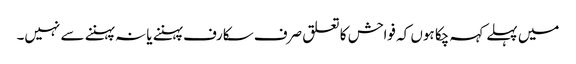
میں پہلے کہہ چکا ہوں کہ فواحش کا تعلق صرف سکارف پہننے یا نہ پہننے سے نہیں۔